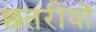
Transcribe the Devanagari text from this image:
छतरीयों